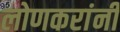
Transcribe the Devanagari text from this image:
लोणकरांनी